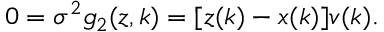
0 = \sigma ^ { 2 } g _ { 2 } ( z , k ) = [ z ( k ) - x ( k ) ] v ( k ) .